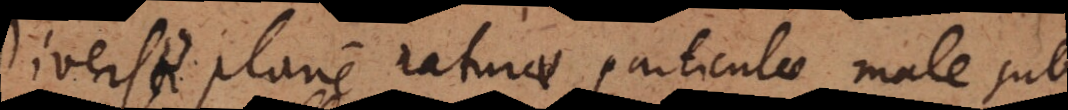
Diversae plane naturae particulae male sub